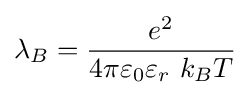
\lambda _{B}={\frac {e^{2}}{4\pi \varepsilon _{0}\varepsilon _{r}\ k_{B}T}}